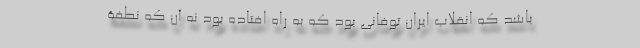
باشد که انقلاب ایران توفانی بود که به راه افتاده بود نه آن که نطفۀ